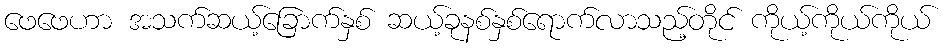
ဖေဖေဟာ အသက်ဆယ့်ခြောက်နှစ် ဆယ့်ခုနစ်နှစ်ရောက်လာသည့်တိုင် ကိုယ့်ကိုယ်ကိုယ်